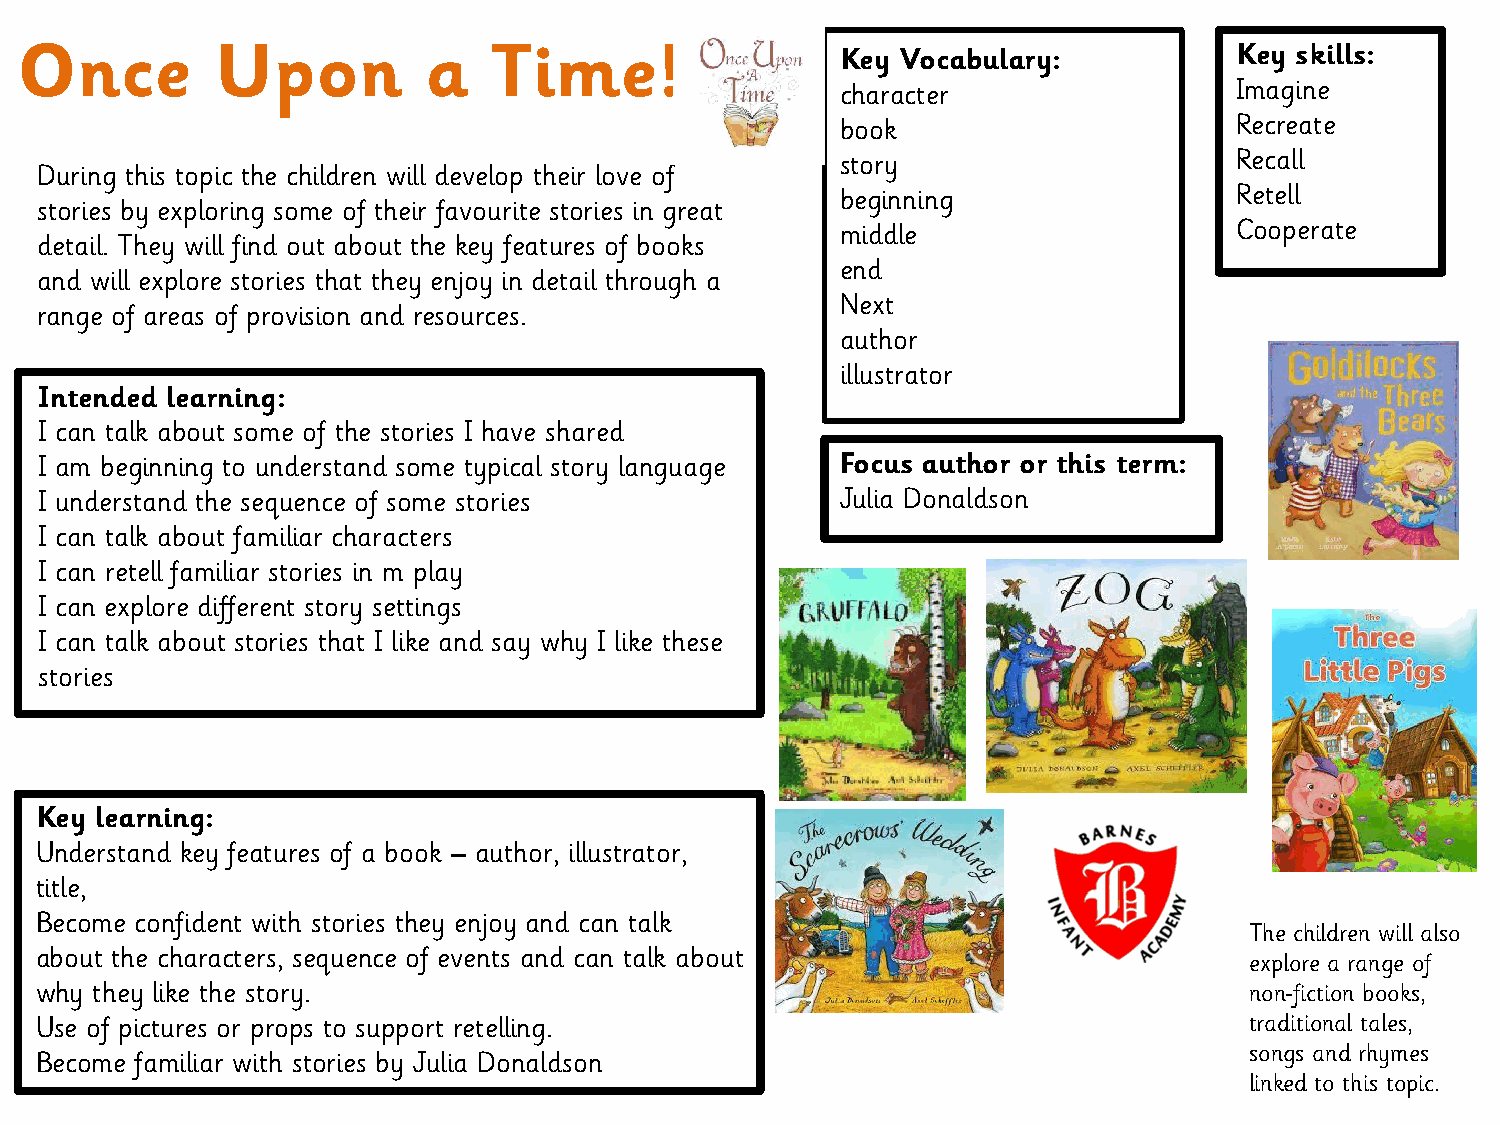
Once         Upon          a    Time!                  Key Vocabulary:           Key skills:
 character                 Imagine
 book                      Recreate
 story                     Recall
 During this topic the children will develop their love of
 beginning                 Retell
 stories by exploring some of their favourite stories in great
 middle                    Cooperate
 detail. They will find out about the key features of books
 end
 and will explore stories that they enjoy in detail through a
 Next
 range of areas of provision and resources.
 author
 illustrator
 Intended learning:
 I can talk about some of the stories I have shared
 I am beginning to understand some typical story language Focus author or this term:
 I understand the sequence of some stories            Julia Donaldson
 I can talk about familiar characters
 I can retell familiar stories in m play
 I can explore different story settings
 I can talk about stories that I like and say why I like these
 stories
 Key learning:
 Understand key features of a book – author, illustrator,
 title,
 Become confident with stories they enjoy and can talk
 The children will also
 about the characters, sequence of events and can talk about
 explore a range of
 why they like the story.                                                         non-fiction books,
 Use of pictures or props to support retelling.                                   traditional tales,
 songs and rhymes
 Become familiar with stories by Julia Donaldson
 linked to this topic.